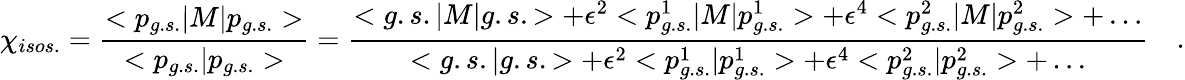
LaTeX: \chi_{isos.}=\frac{<p_{g.s.}|M|p_{g.s.}>}{<p_{g.s.}|p_{g.s.}>}=\frac{<g.s.|M|g.s.>+\epsilon^{2}<p_{g.s.}^{1}|M|p_{g.s.}^{1}>+\epsilon^{4}<p_{g.s.}^{2}|M|p_{g.s.}^{2}>+\ldots}{<g.s.|g.s.>+\epsilon^{2}<p_{g.s.}^{1}|p_{g.s.}^{1}>+\epsilon^{4}<p_{g.s.}^{2}|p_{g.s.}^{2}>+\ldots}\quad.